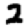
Digit: 2